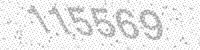
Solution: 115569